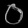
Digit: ၀